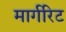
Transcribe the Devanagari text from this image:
मार्गरिट